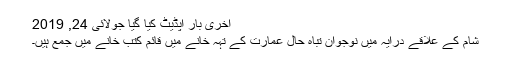
آخری بار اپڈیٹ کیا گیا جولائی 24, 2019
شام کے علاقے درایہ میں نوجوان تباہ حال عمارت کے تہہ خانے میں قائم کتب خانے میں جمع ہیں۔